Board of Education Examinations in Art and in Science and Technology, and Examinations of the City and Guilds of London Institute, 1919, 1919
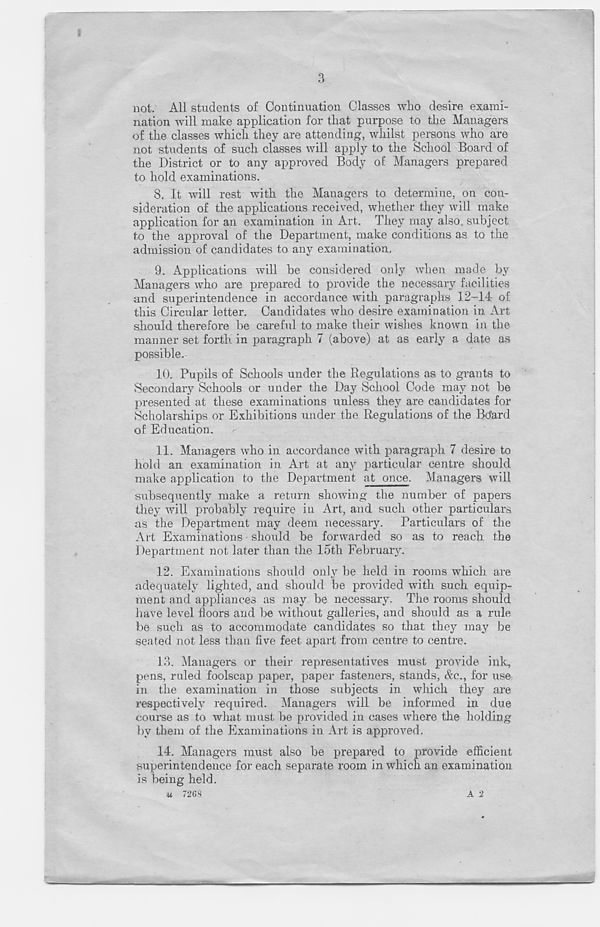
3
not. All students of Continuation Classes who desire exami-
nation will make application for that purpose to the Managers
of the classes which they are attending, whilst persons who are
not students of such classes will apply to the School Board of
the District or to any approved Body of Managers prepared
to hold examinations.
8. It will rest with the Managers to determine, on con-
sideration of the applications received, whether they will make
application for an examination in Art. They may also, subject
to the approval of the Department, make conditions as to the
admission of candidates to any examination.
9. Applications will be considered only when made by
Managers who are prepared to provide the necessary facilities
and superintendence in accordance with paragraphs 12-14 of
this Circular letter. Candidates who desire examination in Art
should therefore be careful to make their wishes known in the
manner set forth in paragraph 7 (above) at as early a date as
possible.
10. Pupils of Schools under the Regulations as to grants to
Secondary Schools or under the Day School Code may not be
presented at these examinations unless they are candidates for
Scholarships or Exhibitions under the Regulations of the Btfard
of Education.
11. Managers who in accordance with paragraph 7 desire to
hold an examination in Art at any particular centre should
make application to the Department at once. Managers will
subsequently make a return showing the number of papers
they will probably require in Art, and such other particulars
as the Department may deem necessary. Particulars of the
Art Examinations should be forwarded so as to reach the
Department not later than the 15th February.
12. Examinations should only be held in rooms which are
adequately lighted, and should be provided with such equip-
ment and appliances as may be necessary. The rooms should
have level floors and be without galleries, and should as a rule
be such as to accommodate candidates so that they may be
seated not less than five feet apart from centre to centre.
13. Managers or their representatives must provide ink,
pens, ruled foolscap paper, paper fasteners, stands, &c., for use
in the examination in those subjects in which they are
respectively required. Managers will be informed in due
course as to what must be provided in cases where the holding
by them of the Examinations in Art is approved.
14. Managers must also be prepared to provide efficient
superintendence for each separate room in which an examination
is being held.
u ”268
A 2